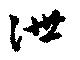
泄